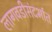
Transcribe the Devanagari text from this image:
लागवडीसंदर्भात